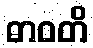
ဓာဝတိ